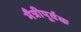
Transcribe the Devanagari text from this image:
मैत्रीपूर्वक